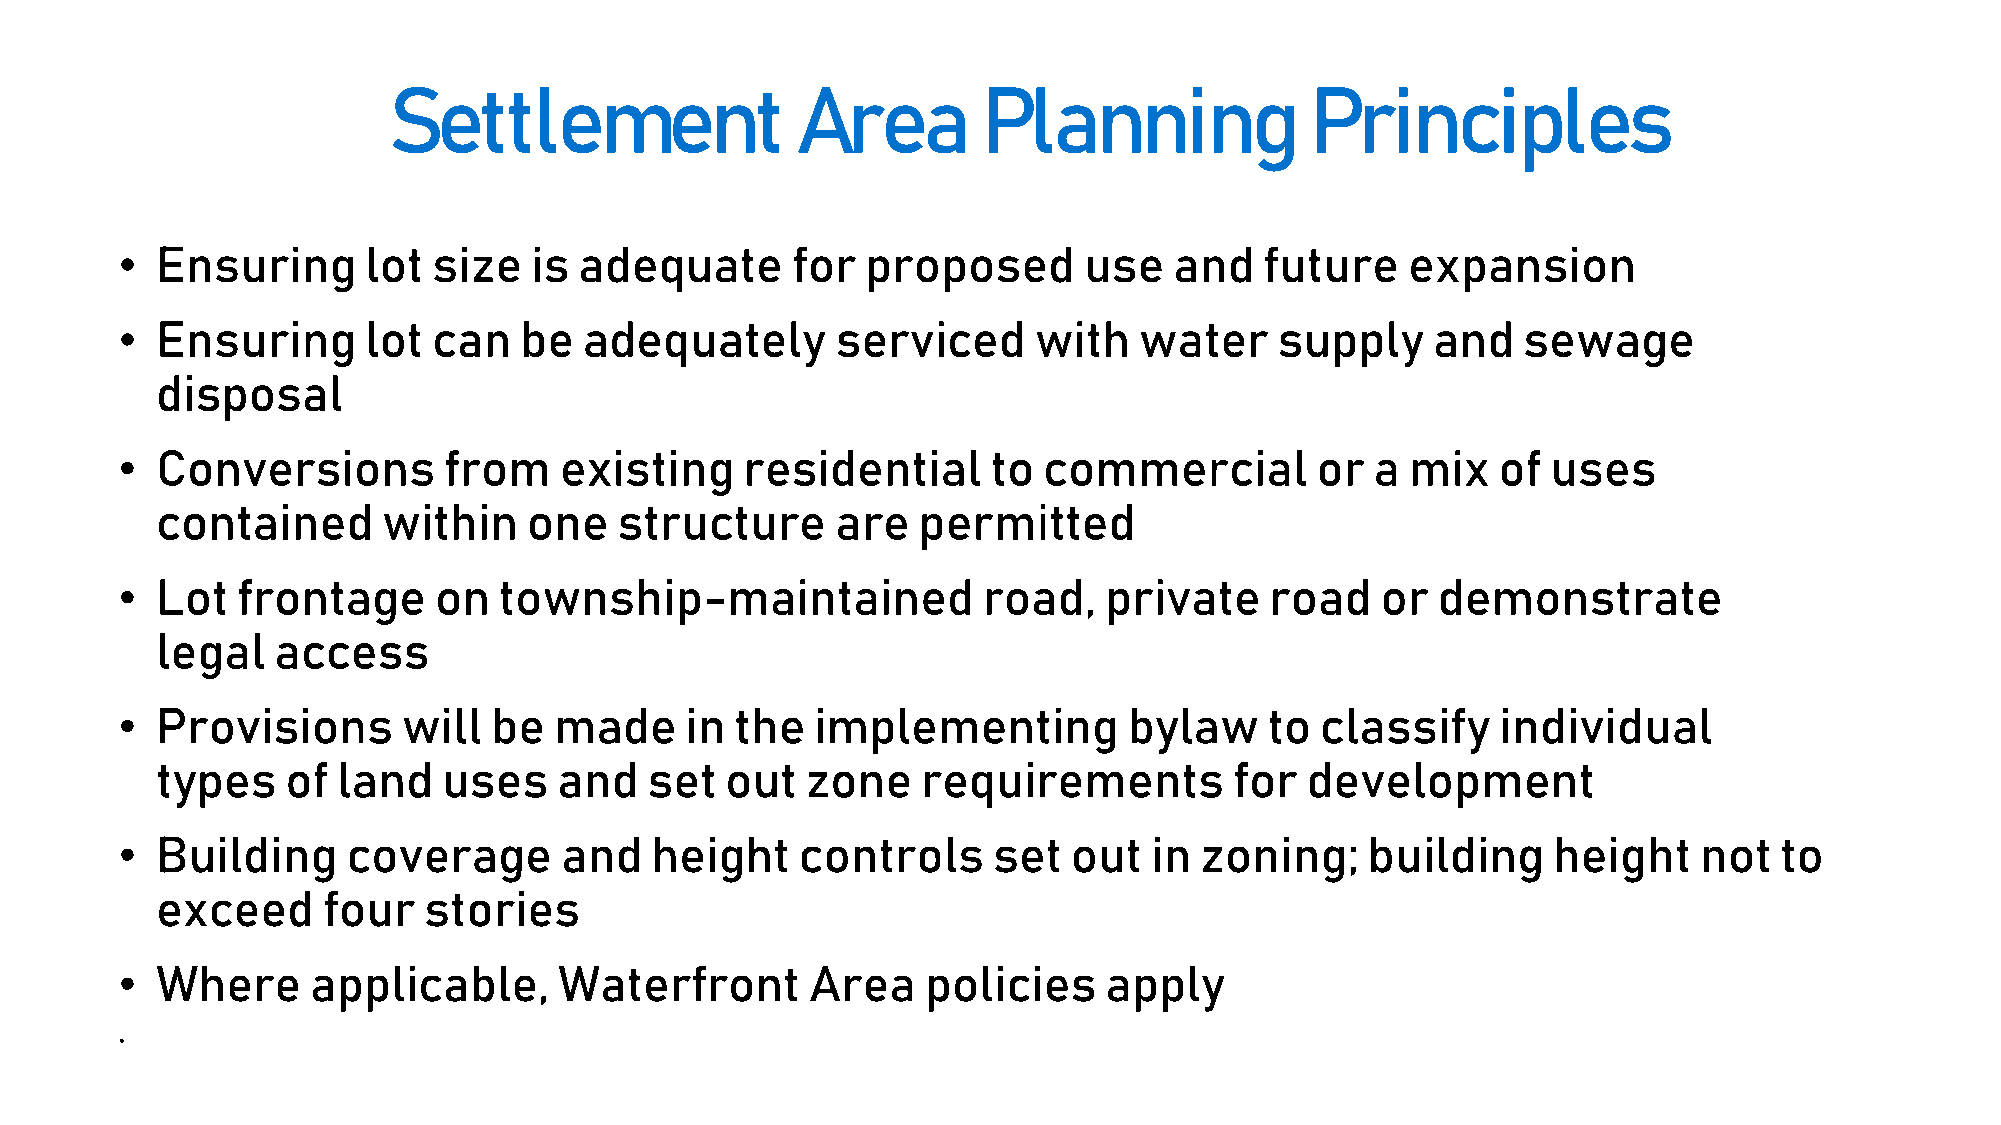
Settlement                 Area        Planning              Principles
 • Ensuring      lot  size  is adequate      for  proposed       use   and   future   expansion
 • Ensuring      lot  can  be   adequately      serviced     with   water     supply    and   sewage
 disposal
 • Conversions        from    existing    residential      to commercial        or  a mix   of  uses
 contained      within    one   structure     are   permitted
 • Lot   frontage     on  township-maintained             road,   private    road   or  demonstrate
 legal   access
 • Provisions       will  be  made    in  the  implementing         bylaw    to classify    individual
 types    of land   uses    and   set  out  zone    requirements         for development
 • Building     coverage      and   height    controls     set  out  in zoning;    building     height   not   to
 exceed     four   stories
 • Where      applicable,     Waterfront       Area   policies    apply
 •